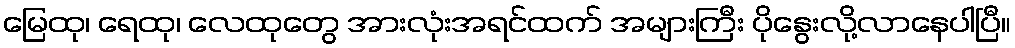
မြေထု၊ ရေထု၊ လေထုတွေ အားလုံးအရင်ထက် အများကြီး ပိုနွေးလို့လာနေပါပြီ။